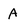
Character: A